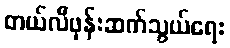
တယ်လီဖုန်းဆက်သွယ်ရေး